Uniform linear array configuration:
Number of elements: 48
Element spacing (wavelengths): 1
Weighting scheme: binomial
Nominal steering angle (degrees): -60
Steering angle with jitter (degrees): -61.004
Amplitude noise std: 0.05
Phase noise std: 0.05

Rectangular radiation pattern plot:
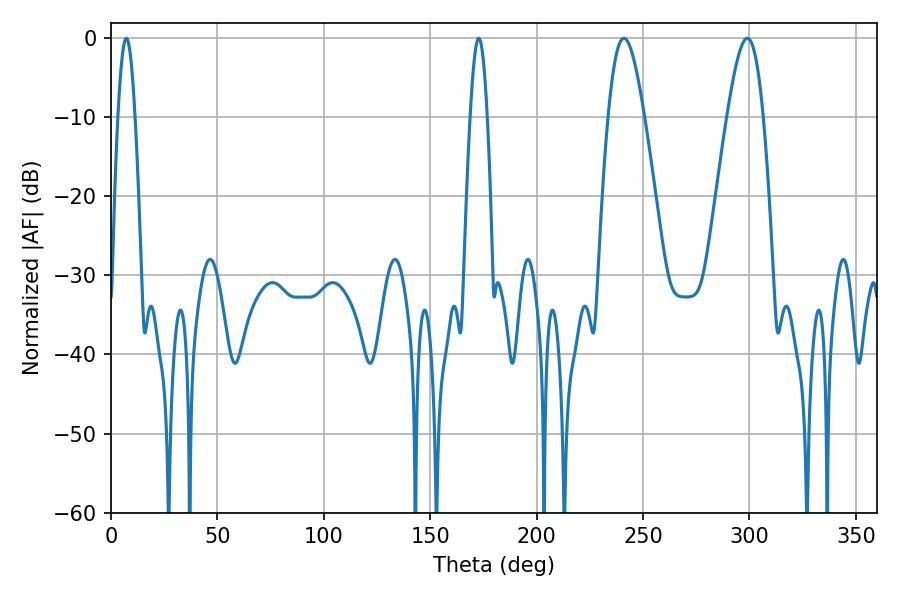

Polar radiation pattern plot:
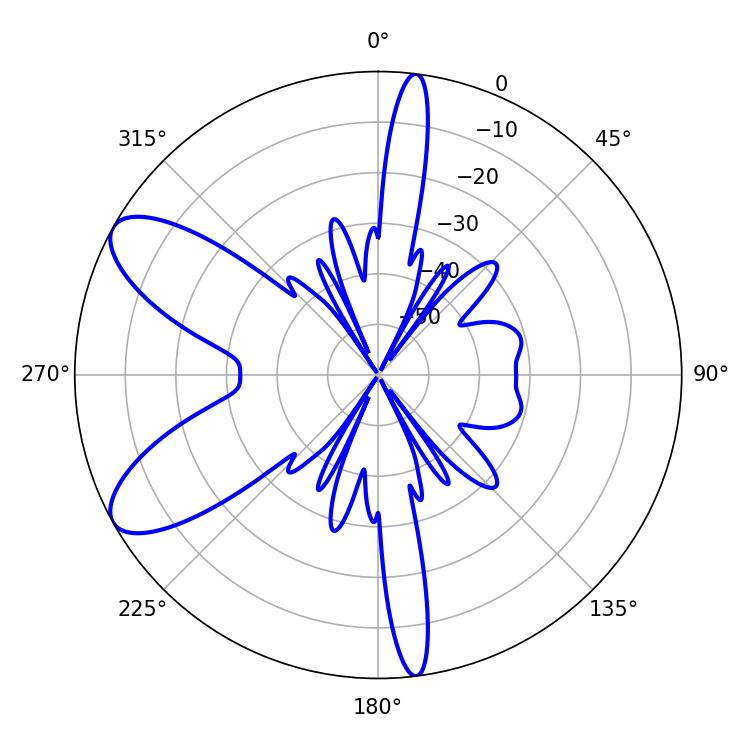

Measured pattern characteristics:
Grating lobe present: TRUE
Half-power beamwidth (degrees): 4.32
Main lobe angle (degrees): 7.2